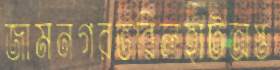
জামনগরভরিলহাটঅস্ত